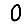
Digit: 0